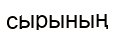
сырының